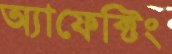
অ্যাফেক্টিং